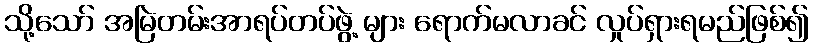
သို့သော် အမြဲတမ်းအာရပ်တပ်ဖွဲ့ များ ရောက်မလာခင် လှုပ်ရှားရမည်ဖြစ်၍